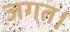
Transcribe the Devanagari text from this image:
जगत।